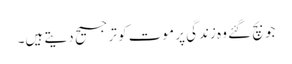
جو بچ گئے وہ زندگی پر موت کو ترجیح دیتے ہیں۔